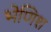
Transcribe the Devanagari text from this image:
भेणिश